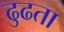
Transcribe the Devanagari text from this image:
ढुढता